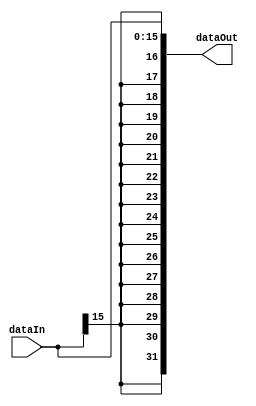
// Wilfer Daniel Ciro Maya - 2023

module extend_sign(dataIn, dataOut);

	// Parameters definition
	parameter BUS_IN = 16;
	parameter BUS_SIZE = 32;
	
	// Inputs definitions	
	input [BUS_IN - 1 : 0] dataIn;
	
	// Outputs definitions
	output [BUS_SIZE - 1 : 0] dataOut;
	
	// Block logic
	assign dataOut = {{(BUS_SIZE - BUS_IN){dataIn[BUS_IN - 1]}}, dataIn};

endmodule